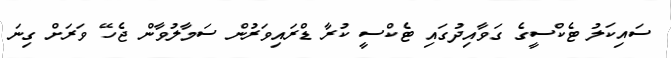
ސައިކަލު ޓެކްސީގެ ގަވާއިދުގައި ޓެކްސީ ކުރާ ޑްރައިވަރުން ސަމާލުވާން ޖެހޭ ވަރަށް ގިނަ